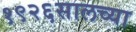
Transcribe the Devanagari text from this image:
१९२६सालच्या